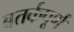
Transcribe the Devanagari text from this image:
बतर्कपूर्ण